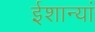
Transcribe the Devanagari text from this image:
ईशान्यां